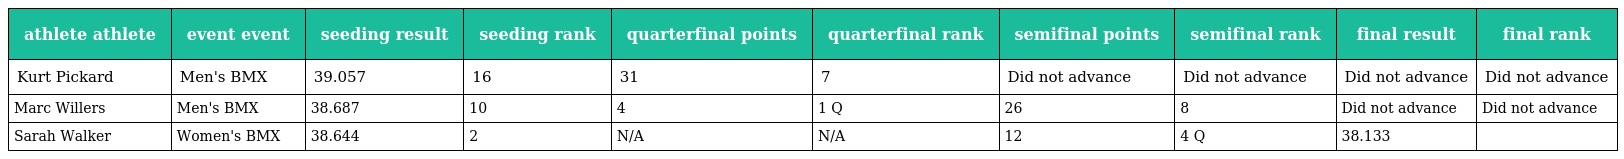
| athlete athlete | event event | seeding result | seeding rank | quarterfinal points | quarterfinal rank | semifinal points | semifinal rank | final result | final rank |
 | --- | --- | --- | --- | --- | --- | --- | --- | --- | --- |
 | Kurt Pickard | Men's BMX | 39.057 | 16 | 31 | 7 | Did not advance | Did not advance | Did not advance | Did not advance |
 | Marc Willers | Men's BMX | 38.687 | 10 | 4 | 1 Q | 26 | 8 | Did not advance | Did not advance |
 | Sarah Walker | Women's BMX | 38.644 | 2 | N/A | N/A | 12 | 4 Q | 38.133 |  |